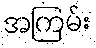
အကြမ်း